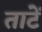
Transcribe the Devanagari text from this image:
ताटें